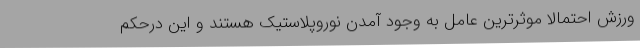
ورزش احتمالاً موثرترین عامل به وجود آمدن نوروپلاستیک هستند و این درحکم